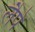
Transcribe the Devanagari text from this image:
लैपे